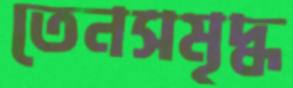
তেনসমৃদ্ধ